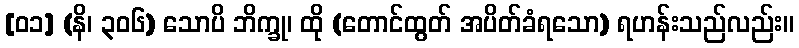
[၀၁] (နိ၊ ၃၀၆) သောပိ ဘိက္ခု၊ ထို (တောင်ထွတ် အပိတ်ခံရသော) ရဟန်းသည်လည်း။